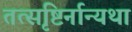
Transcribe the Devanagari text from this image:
तत्सृष्टिर्नान्यथा